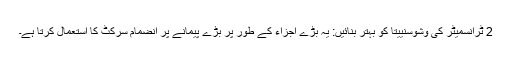
2 ٹرانسمیٹر کی وشوسنییتا کو بہتر بنائیں: یہ بڑے اجزاء کے طور پر بڑے پیمانے پر انضمام سرکٹ کا استعمال کرتا ہے۔